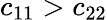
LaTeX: c_{11}>c_{22}